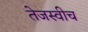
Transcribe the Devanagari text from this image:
तेजस्वीच